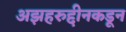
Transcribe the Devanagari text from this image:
अझहरुद्दीनकडून